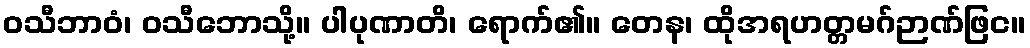
ဝသီဘာဝံ၊ ဝသီဘောသို့။ ပါပုဏာတိ၊ ရောက်၏။ တေန၊ ထိုအရဟတ္တမဂ်ဉာဏ်ဖြင။